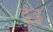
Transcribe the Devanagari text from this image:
दूंढ़